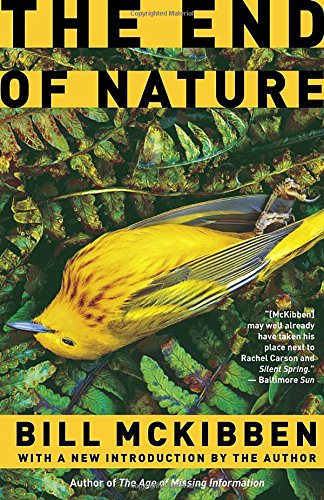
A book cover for The End of Nature; Bill McKibben; Science & Math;